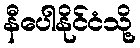
နီပေါနိုင်ငံသို့